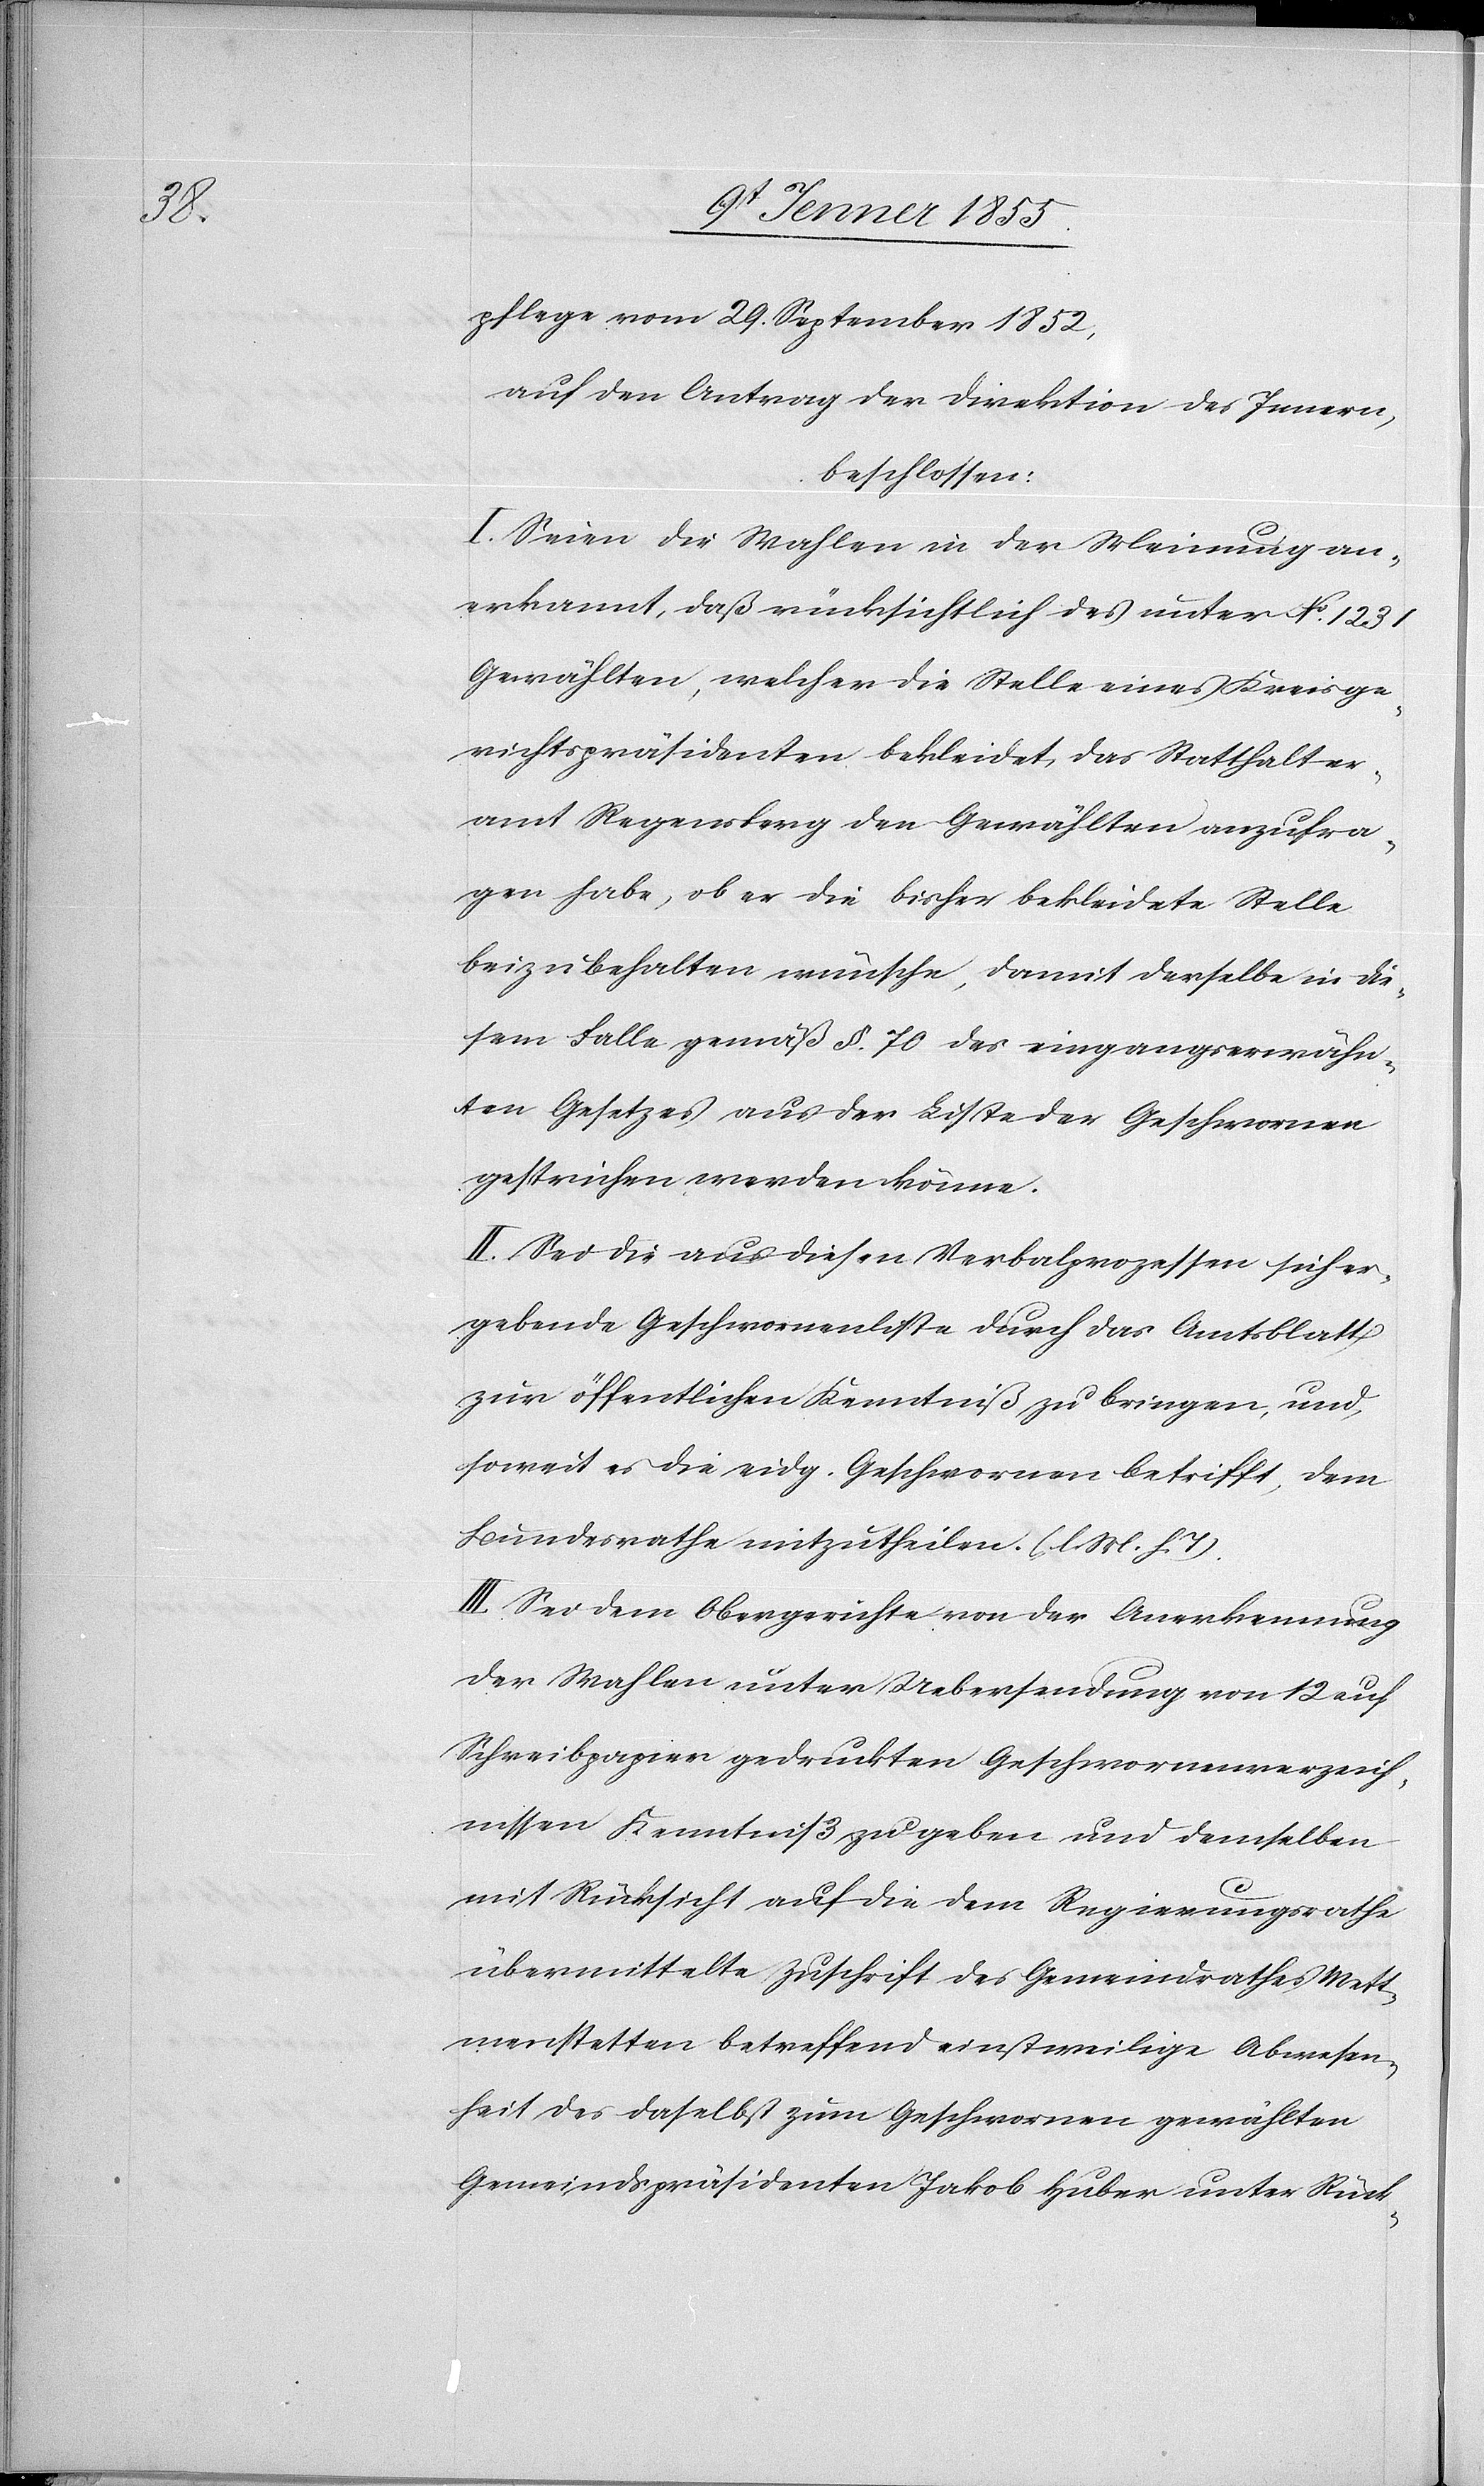
pflege vom 29. September 1852,
auf den Antrag der Direktion des Innern,
beschlossen:
I. Seien die Wahlen in der Meinung an¬
erkannt, daß rücksichtlich des unter No. 1231
Gewählten, welcher die Stelle eines Kreisge¬
richtspräsidenten bekleidet, das Statthalter¬
amt Regensberg den Gewählten anzufra¬
gen habe, ob er die bisher bekleidete Stelle
beizubehalten wünsche, damit derselbe in die¬
sem Falle gemäß §. 70 des eingangserwähn¬
ten Gesetzes aus der Liste der Geschwornen
gestrichen werden könne.
II. Sei die aus diesen Verbalprozessen sich er¬
gebende Geschwornenliste durch das Amtsblatt
zur öffentlichen Kenntniß zu bringen, und,
soweit es die eidg. Geschwornen betrifft, dem
Bundesrathe mitzutheilen. (l. M. h. T).
III. Sei dem Obergerichte von der Anerkennung
der Wahlen unter Uebersendung von 12 auf
Schreibpapier gedruckten Geschwornenverzeich¬
nissen Kenntniß zu geben und demselben
mit Rücksicht auf die dem Regierungsrathe
übermittelte Zuschrift des Gemeindrathes Mett¬
menstetten betreffend einstweilige Abwesen¬
heit des daselbst zum Geschwornen gewählten
Gemeindspräsidenten Jakob Huber unter Rück-